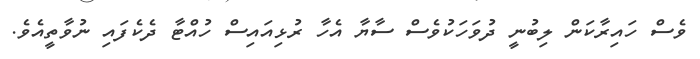
ވެސް ހައިރާކަން ލިބުނީ ދުވަހަކުވެސް ސާޔާ އެހާ ރުޅިއައިސް ހުއްޓާ ދެކެފައި ނުވާތީއެވެ.